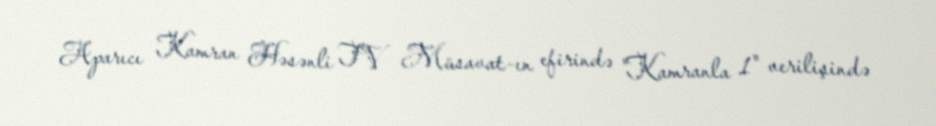
Aparıcı Kamran Həsənli TV Müsavat-ın efirində "Kamranla 1" verilişində